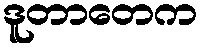
ဒူတာတေက